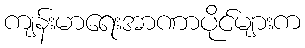
ကျန်းမာရေးအာဏာပိုင်များက